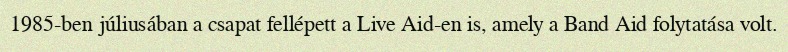
1985-ben júliusában a csapat fellépett a Live Aid-en is, amely a Band Aid folytatása volt.